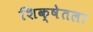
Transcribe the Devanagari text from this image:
शिक्षेतला